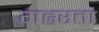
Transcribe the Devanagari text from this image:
गह्वरता